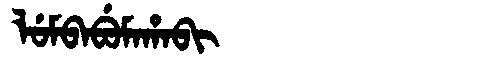
Manchu: ᠯᡠᠮᠪᠠᠪᡠᠮᠠᡥᠠᠪᡳ
Romanization: LUMBABUMAHABI